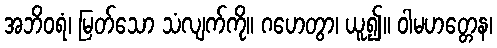
အဘိဝရံ၊ မြတ်သော သံလျက်ကို။ ဂဟေတွာ၊ ယူ၍။ ဝါမဟတ္တေန၊